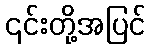
၎င်းတို့အပြင်